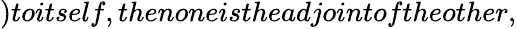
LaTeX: )toitself,thenoneistheadjointoftheother,